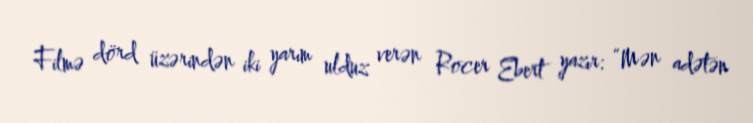
Filmə dörd üzərindən iki yarım ulduz verən Rocer Ebert yazır: “Mən adətən